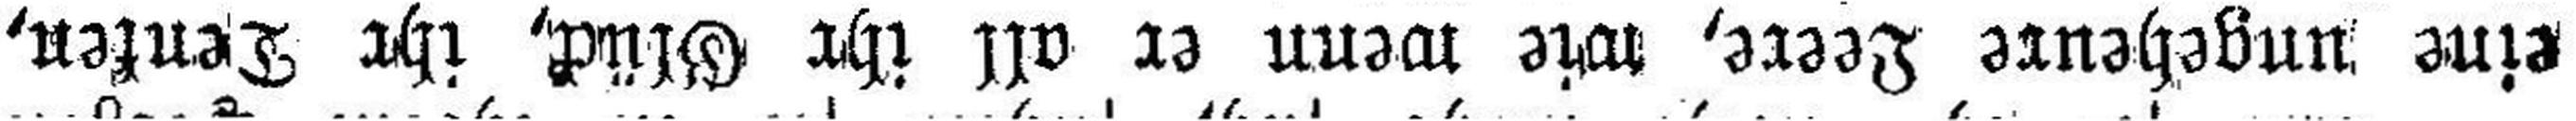
eine ungeheure Leere, wie wenn er all ihr Glück, ihr Denken,